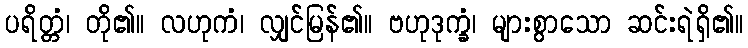
ပရိတ္တံ၊ တို၏။ လဟုကံ၊ လျှင်မြန်၏။ ဗဟုဒုက္ခံ၊ များစွာသော ဆင်းရဲရှိ၏။